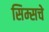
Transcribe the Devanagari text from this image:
सिम्सचे